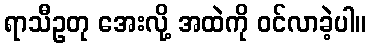
ရာသီဥတု အေးလို့ အထဲကို ဝင်လာခဲ့ပါ။